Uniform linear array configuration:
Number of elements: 8
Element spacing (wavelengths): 1
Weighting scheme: exponential
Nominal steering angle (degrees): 15
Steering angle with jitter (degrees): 13.195
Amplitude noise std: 0.05
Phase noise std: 0.05

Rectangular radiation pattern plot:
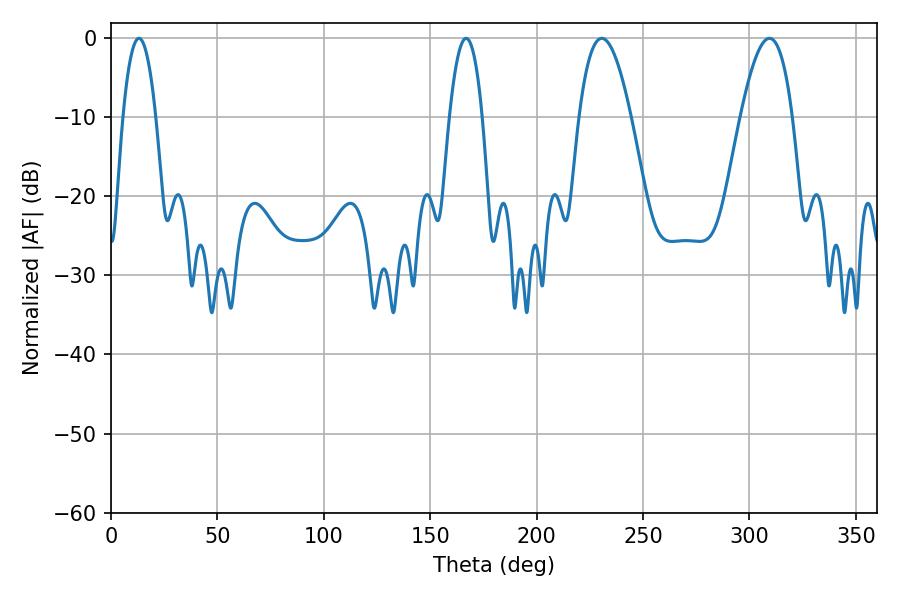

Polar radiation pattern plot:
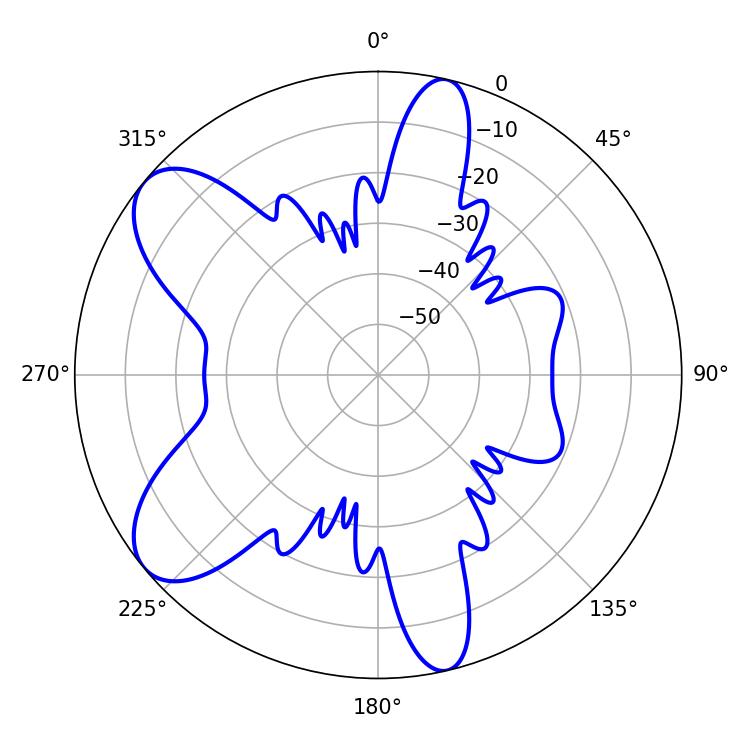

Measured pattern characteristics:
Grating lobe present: TRUE
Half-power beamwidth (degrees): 8.46
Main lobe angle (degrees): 13.14